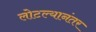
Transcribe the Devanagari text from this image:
लोटल्‍यानंतर